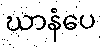
ဃာနံပေ